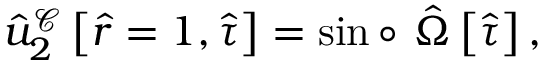
\hat { u } _ { 2 } ^ { \mathcal { C } } \left[ \hat { r } = 1 , \hat { \tau } \right] = \sin \circ ~ \hat { \Omega } \left[ \hat { \tau } \right] ,